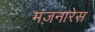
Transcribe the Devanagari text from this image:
मंज़नारेस